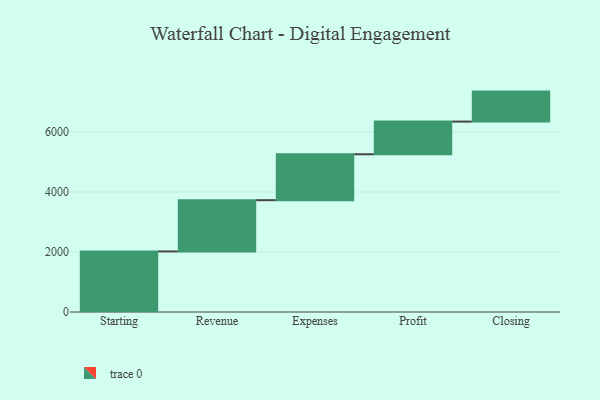
{"axis": {"x": "Step", "y": "Value"}, "legend": [""], "data": [{"x": "Starting", "y": 2019.0, "type": ""}, {"x": "Revenue", "y": 1709.0, "type": ""}, {"x": "Expenses", "y": 1530.0, "type": ""}, {"x": "Profit", "y": 1089.0, "type": ""}, {"x": "Closing", "y": 1000, "type": ""}]}